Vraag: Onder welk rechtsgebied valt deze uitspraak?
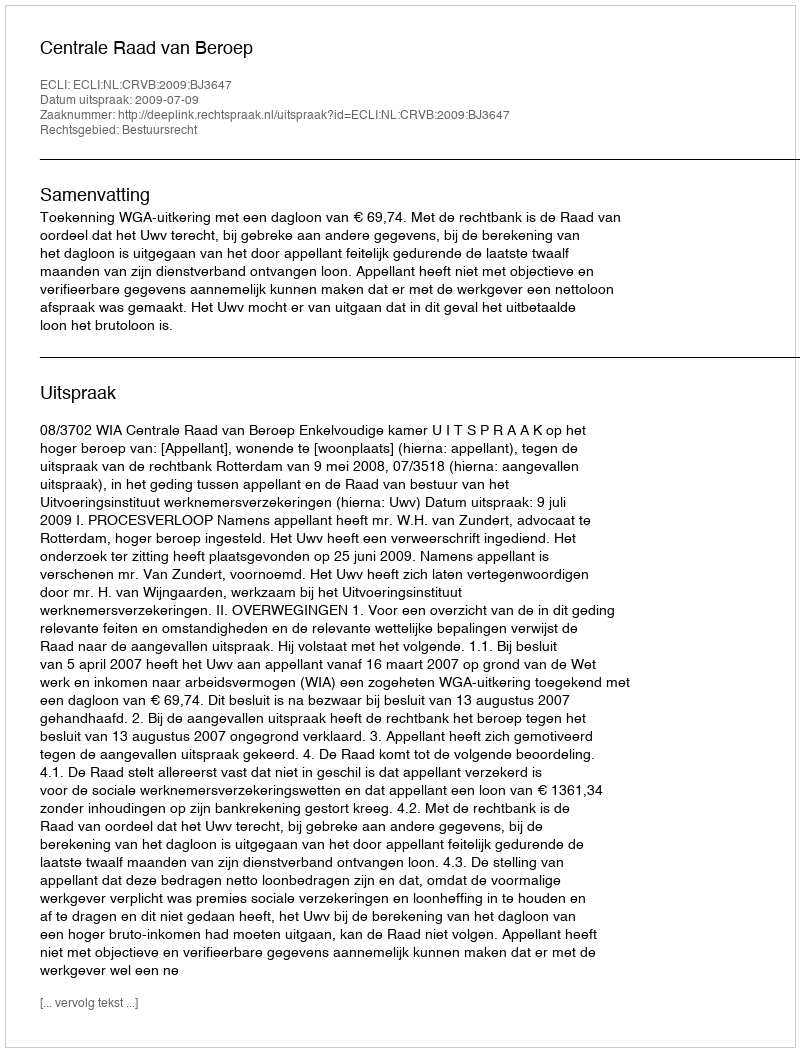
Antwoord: Bestuursrecht